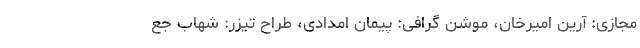
مجازی: آرین امیرخان، موشن گرافی: پیمان امدادی، طراح تیزر: شهاب جع